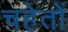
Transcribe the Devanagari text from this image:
चहेतों